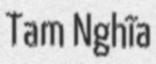
Tam Nghĩa